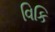
વિકિ